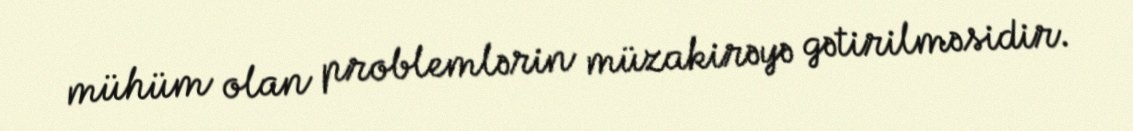
mühüm olan problemlərin müzakirəyə gətirilməsidir.